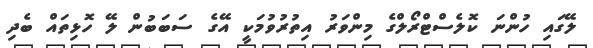
ލޭގައި ހުންނަ ކޮލެސްޓްރޯލްގެ މިންވަރު އިތުރުވުމަކީ އޭގެ ސަބަބުން ލޭ ހޮޅިތައް ބެދި